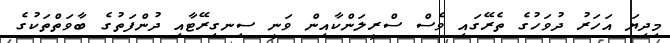
މިދިޔަ އަހަރު ދުވަހުގެ ތެރޭގައި ވެސް ސްރީލަންކާއިން ވަނީ ސިނގިރޭޓާއި ދުންފަތުގެ ބާވަތްތަކުގެ